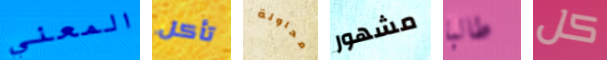
المعني تأكل محاولة مشهور طالبا كل